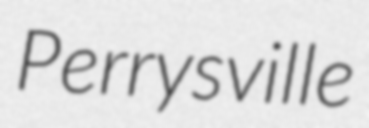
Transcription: Perrysville